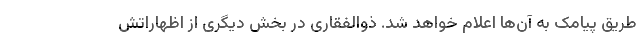
طریق پیامک به آن‌ها اعلام خواهد شد. ذوالفقاری در بخش دیگری از اظهاراتش